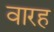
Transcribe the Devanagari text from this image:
वारह